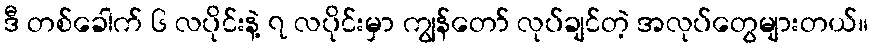
ဒီ တစ်ခေါက် ၆ လပိုင်းနဲ့ ၇ လပိုင်းမှာ ကျွန်တော် လုပ်ချင်တဲ့ အလုပ်တွေများတယ်။